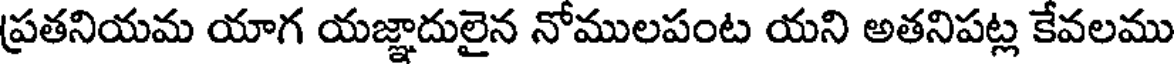
ప్రతనియమ యాగ యజ్ఞాదులైన నోములపంట యని అతనిపట్ల కేవలము